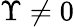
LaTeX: \Upsilon\neq 0